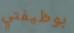
بوظيفتي